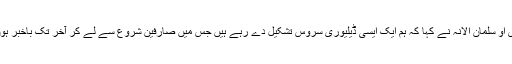
Rider کے سی ای او سلمان الانہ نے کہا کہ ہم ایک ایسی ڈیلیوری سروس تشکیل دے رہے ہیں جس میں صارفین شروع سے لے کر آخر تک باخبر ہوں۔